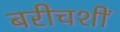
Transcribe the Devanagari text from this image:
बरीचशीं